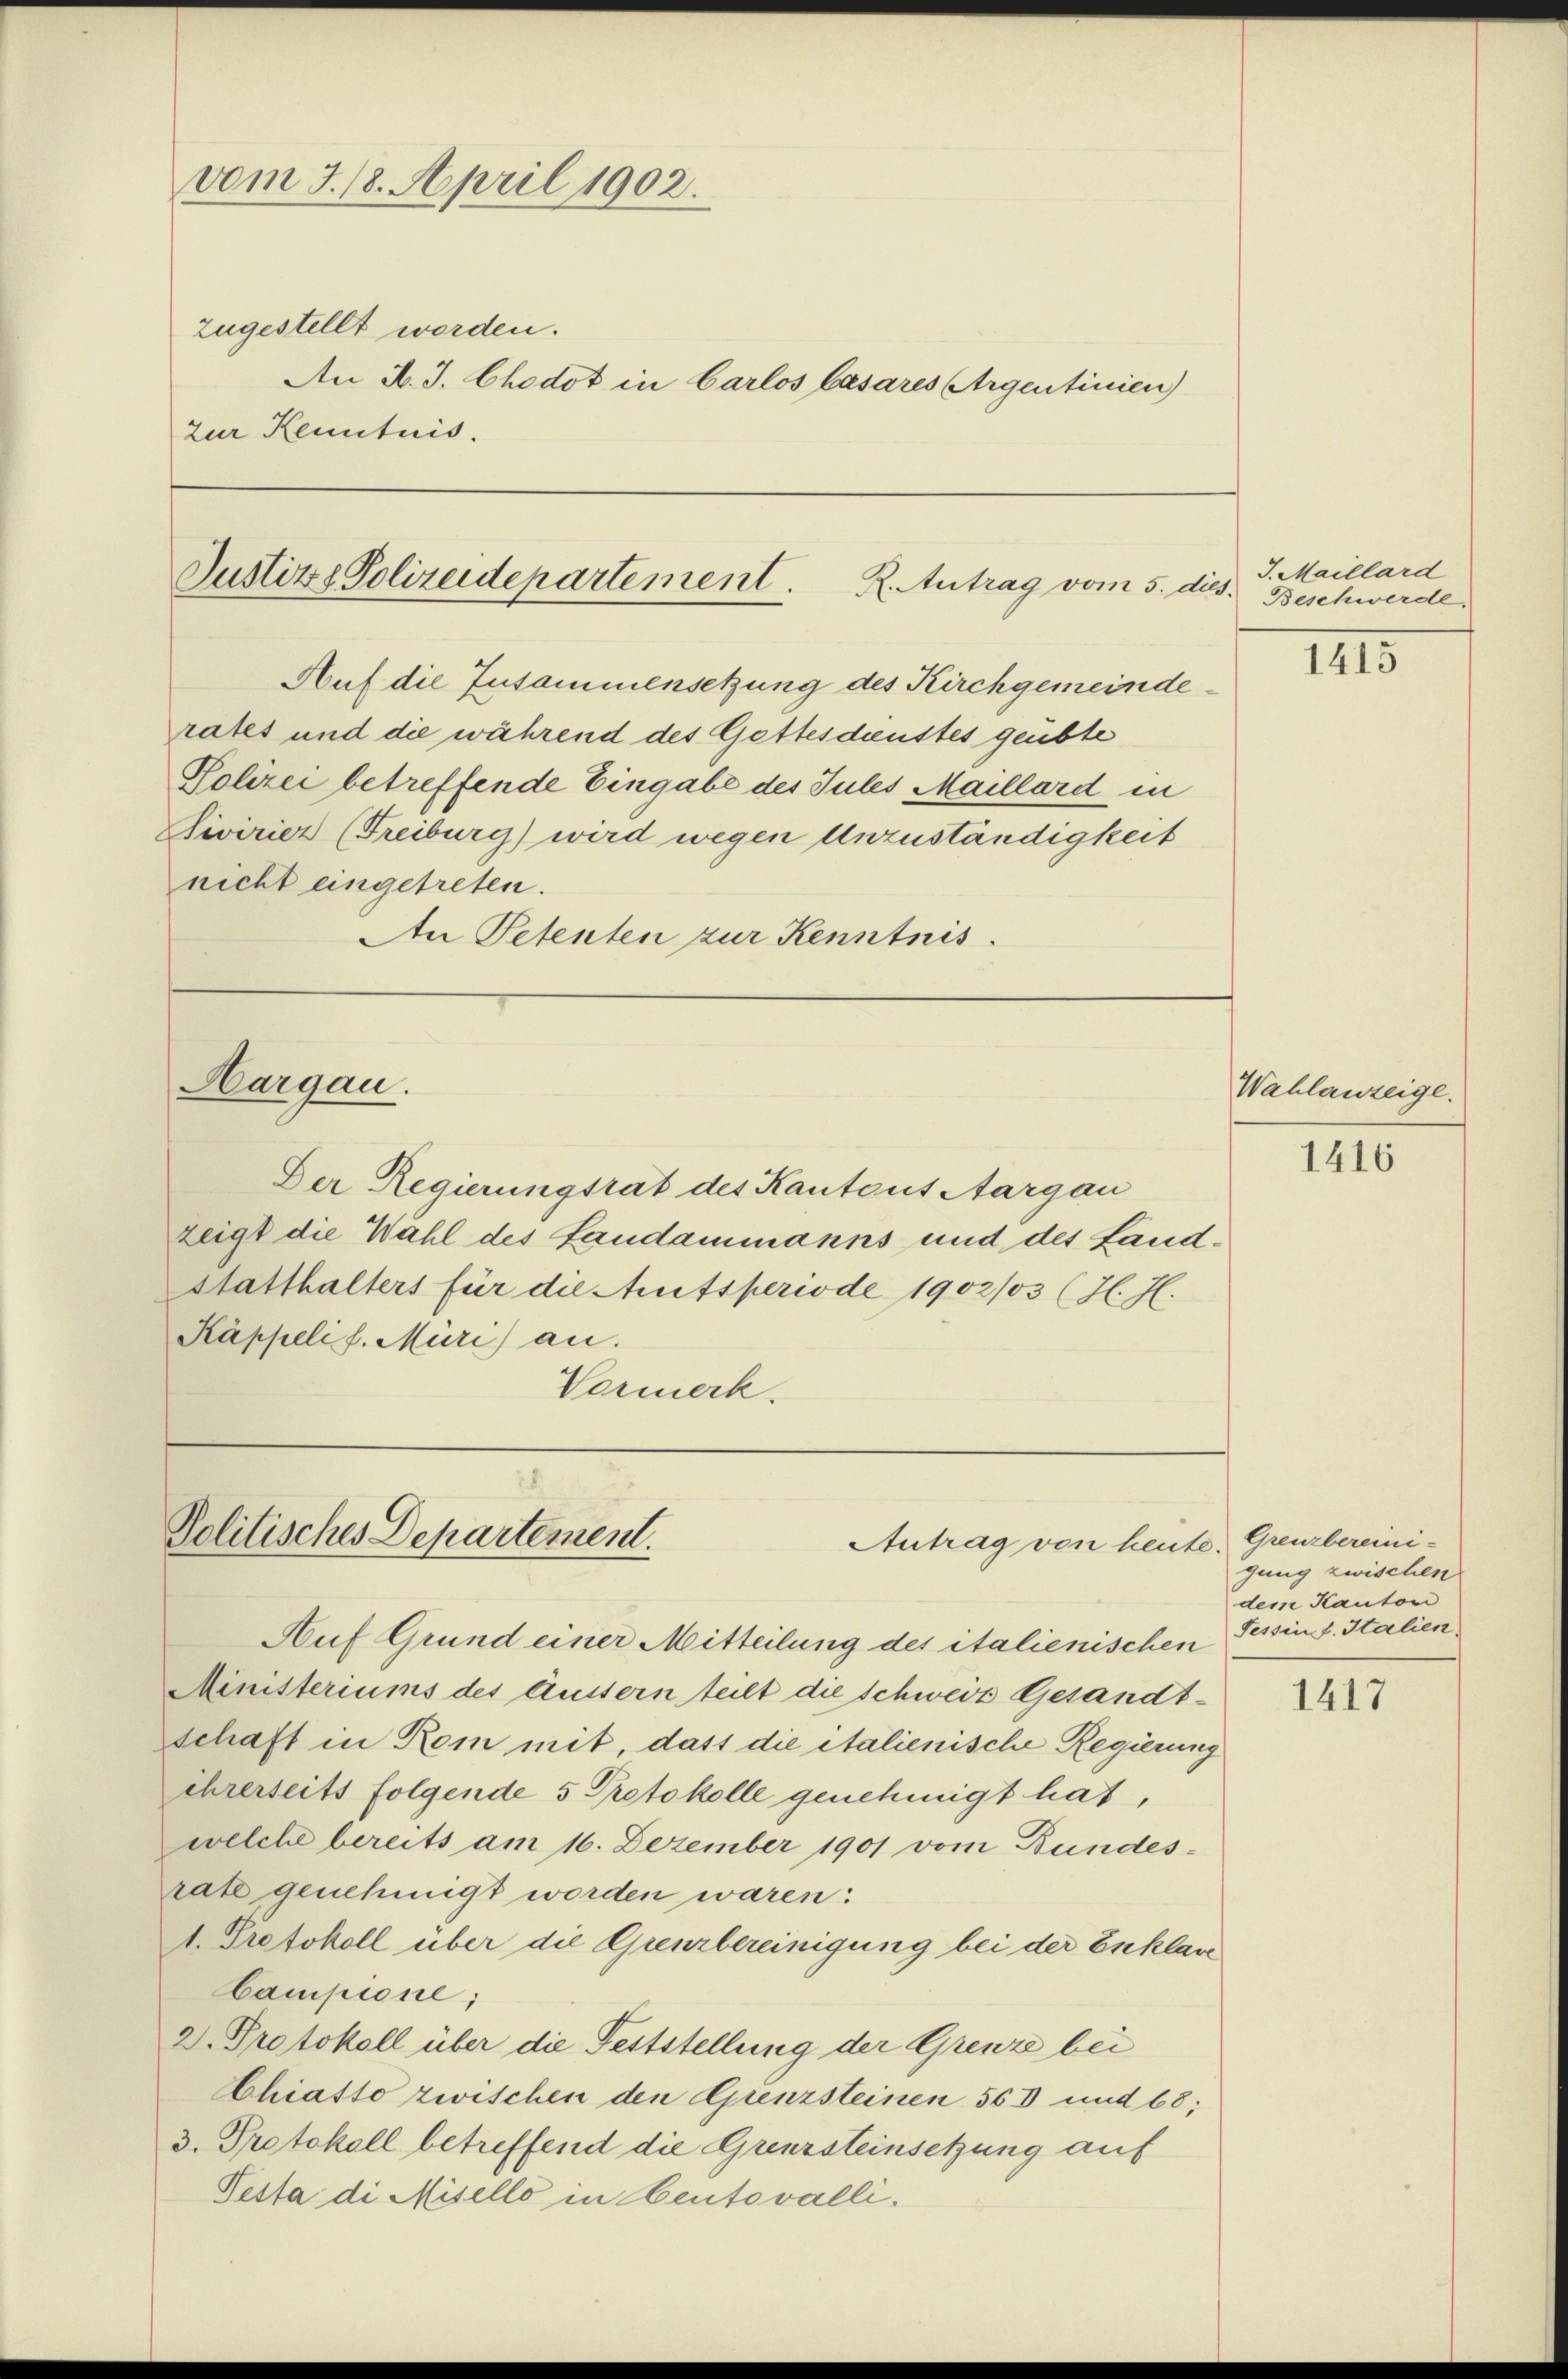
vom J. 18. April 1902.

zugestellt worden.
An K. J. Chodot in Carlos besares Argentinien
zur Kenntnis.

Justiz, Polizeidepartement. R. Antrag vom 5. dies.

Auf die Zusammensetzung des Kirchgemeinde
rates und die während des Gottesdienstes geübte
Polizei betreffende Eingabe des Jules Maillard in
Divirier (Freiburg) wird wegen Anzuständigkeit
nicht eingetreten.
An Petenten zur Kenntnis.

Hargau.

Der Regierungsrat des Kantons Aargau
zeigt die Wahl des Landammanns und des Landstatthalters für die Amtsperiode 1902/03 (H. J.
Käppelis. Müri) au
Vormerk.

Politisches Departement.
Antrag von heute. Greuzbereini¬

Auf Grund einer Mitteilung des italienischen
Ministeriums des Äussern teilt die schweiz Gesandt-
schaft in Rom mit, dass die italienische Regierung
ihrerseits folgende 5 Protokolle genehmigt hat,
welche bereits am 16. Dezember 1901 vom Bundesrate genehmigt worden waren:
1. Protokoll über die Grenzbereinigung bei der Enklave
Campione;
D. Protokoll über die Feststellung der Grenze bei
Chiatto zwischen den Grenzsteinen 563 und 68;
3. Protokoll betreffend die Grenzsteinsetzung auf
Pesta di Misello in Kentovalli¬

J. Maillard
Beschwerde.

III5

Wahlanzeige.

1416

gung zwischen
dem Kanton
Tessin s. Italien.

1417